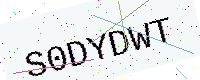
Text: S0DYDWT